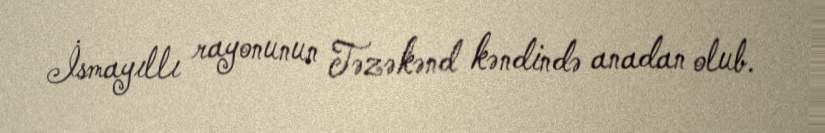
İsmayıllı rayonunun Təzəkənd kəndində anadan olub.